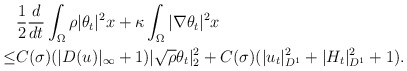
\begin{align*}&\frac{1}{2}\frac{d}{dt} \int_{\Omega}\rho |\theta_t|^2 x+\kappa\int_{\Omega}|\nabla \theta_t|^2x\\\leq& C(\sigma)(|D(u)|_\infty+1)|\sqrt{\rho} \theta_t|^2_{2}+C(\sigma)(| u_t|^2_{D^1}+| H_t|^2_{D^1}+1).\end{align*}